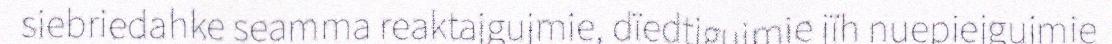
siebriedahke seamma reaktajgujmie, dïedtigujmie jïh nuepiejgujmie